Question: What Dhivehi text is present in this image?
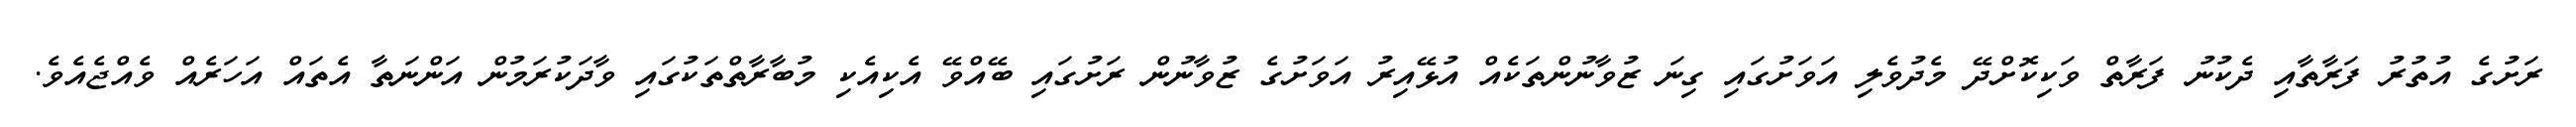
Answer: ރަށުގެ އުތުރު ފަރާތާއި ދެކުނު ފަރާތް ވަކިކޮށްދޭ މެދުވެލި އަވަށުގައި ގިނަ ޒުވާނުންތަކެއް އުޅޭއިރު އަވަށުގެ ޒުވާނުން ރަށުގައި ބޭއްވޭ އެކިއެކި މުބާރާތްތަކުގައި ވާދަކުރަމުން އަންނަތާ އެތައް އަހަރެއް ވެއްޖެއެވެ.